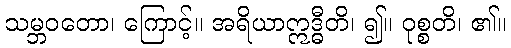
သမ္ဘဝတော၊ ကြောင့်။ အရိယာဣဒ္ဓီတိ၊ ၍။ ဝုစ္စတိ၊ ၏။